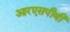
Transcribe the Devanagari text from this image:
आरएसपीबी